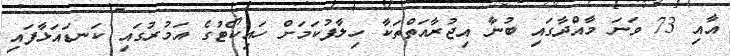
އާއި 73 ވަނަ މާއްދާގައި ބުނާ އިޖުރާއަތްތަކާ ހިލާފުކަމަށް ހައިކޯޓުގެ އަމުރުގައި ކަނޑައަޅާފައި